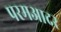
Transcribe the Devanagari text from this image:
परमआदर